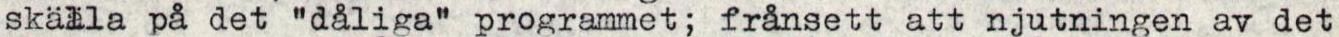
skälla på det "dåliga" programmet; frånsett att njutningen av det